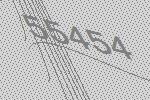
55454